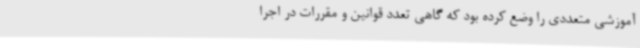
آموزشی متعددی را وضع کرده بود که گاهی تعدد قوانین و مقررات در اجرا